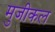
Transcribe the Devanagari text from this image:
मुजीकल